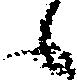
候